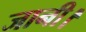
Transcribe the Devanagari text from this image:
जानी।